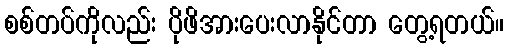
စစ်တပ်ကိုလည်း ပိုဖိအားပေးလာနိုင်တာ တွေ့ရတယ်။